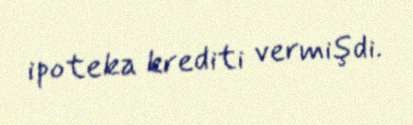
ipoteka krediti vermişdi.